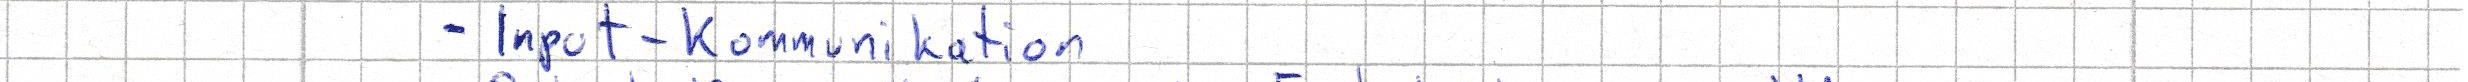
- Input-Kommunikation